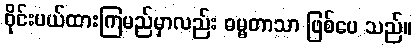
ဝိုင်းပယ်ထားကြမည်မှာလည်း ဓမ္မတာသာ ဖြစ်ပေ သည်။